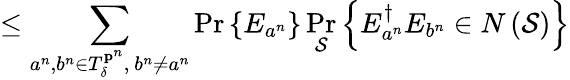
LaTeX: \leq\sum_{a^{n},b^{n}\in T_{\delta}^{\mathbf{p}^{n}},\ b^{n}\neq a^{n}}\operatorname*{Pr}\left\{ E_{a^{n}}\right\} \operatorname*{Pr}_{\mathcal{S}}\left\{ E_{a^{n}}^{\dagger}E_{b^{n}}\in N\left({\mathcal{S}}\right)\right\}